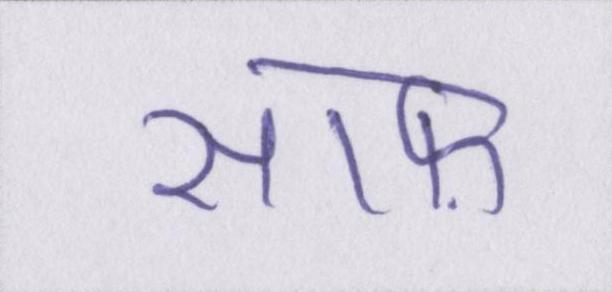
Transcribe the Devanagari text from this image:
साफ़